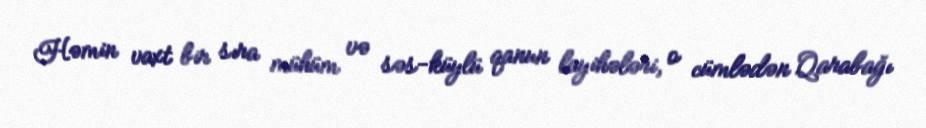
Həmin vaxt bir sıra mühüm və səs-küylü qanun layihələri, o cümlədən Qarabağı